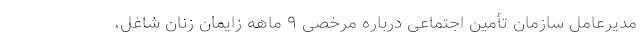
مدیرعامل سازمان تأمین اجتماعی درباره مرخصی ۹ ماهه زایمان زنان شاغل،